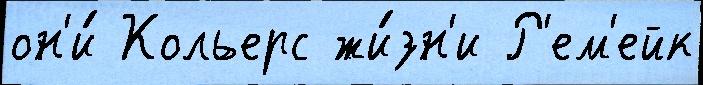
он'и́ Кольерс жи́зн'и Р'ем'ейк